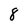
Character: 8